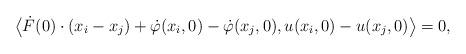
LaTeX: \begin{align*}\big \langle \dot{F}(0)\cdot (x_i - x_j) + \dot{\varphi}(x_i,0) - \dot{\varphi}(x_j,0), u(x_i, 0) - u(x_j, 0) \big \rangle = 0,\end{align*}